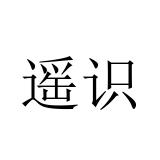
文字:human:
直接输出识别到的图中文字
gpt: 遥识